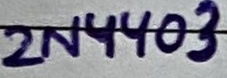
Text: 2N4403